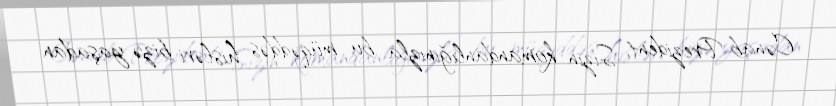
Cənab Prezident, Sizin komandanlığınızla bu müqəddəs hisləri bizə yaşadan